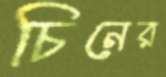
চিনের